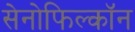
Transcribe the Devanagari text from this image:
सेनोफिल्कॉन